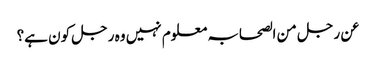
عن رجل من الصحابہ معلوم نہیں وہ رجل کون ہے؟